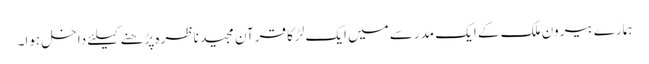
ہمارے بیرون ملک کے ایک مدرسے میں ایک لڑکا قرآن مجید ناظرہ پڑھنے کیلئے داخل ہوا۔